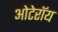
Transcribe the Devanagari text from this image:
ओटेरॉय